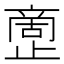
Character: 𰙷